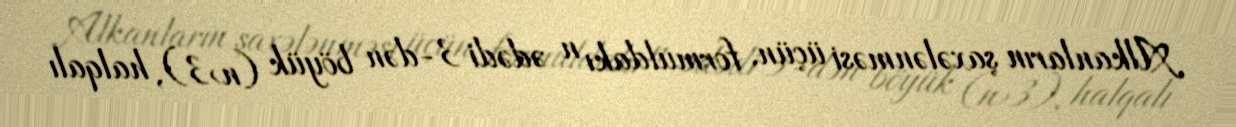
Alkanların şaxələnməsi üçün, formuldakı n ədədi 3-dən böyük (n>3), halqalı